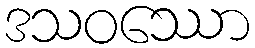
ဒသဝဿော